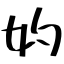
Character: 妁